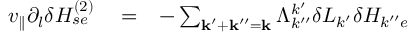
\begin{array} { r l r } { v _ { \parallel } \partial _ { l } \delta H _ { s e } ^ { ( 2 ) } } & { { } = } & { - \sum _ { \mathbf { k } ^ { \prime } + \mathbf { k } ^ { \prime \prime } = \mathbf { k } } \Lambda _ { k ^ { \prime \prime } } ^ { k ^ { \prime } } \delta L _ { k ^ { \prime } } \delta H _ { k ^ { \prime \prime } e } } \end{array}